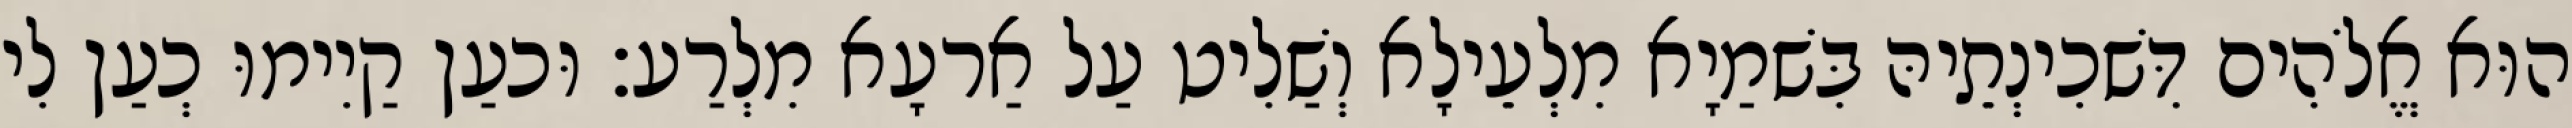
הוּא אֱלֹהִים דִּשׁכִינְתֵיהּ בִּשׁמַיָא מִלְעֵילָא וְשַׁלִיט עַל אַרעָא מִלְרַע׃ וּכעַן קַיִימוּ כְעַן לִי